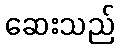
ဆေးသည်